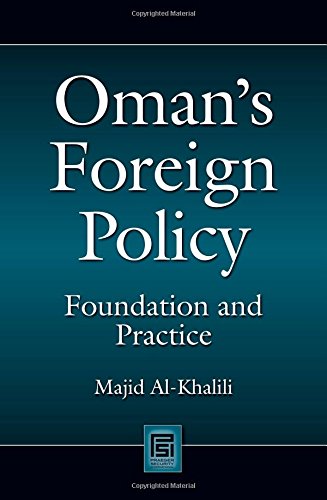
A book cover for Oman's Foreign Policy: Foundation and Practice (Praeger Security International); Majid Al-Khalili; History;